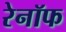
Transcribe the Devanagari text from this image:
रेनॉफ